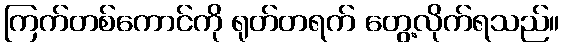
ကြက်တစ်ကောင်ကို ရုတ်တရက် တွေ့လိုက်ရသည်။